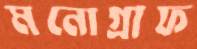
মনোগ্রাফ